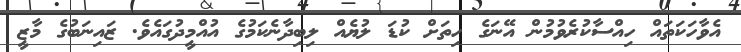
އެވާހަކަތައް ހިއްސާކުރެވުމުން އޭނަގެ ހިތަށް ކުޑަ ލުޔެއް ލިބިދާނެކަމުގެ އުއްމީދުގައެވެ. ޒައިނަބުގެ މާޒީ